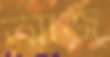
আজ্